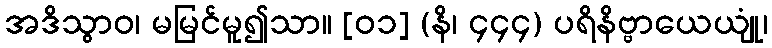
အဒိသွာဝ၊ မမြင်မူ၍သာ။ [၀၁] (နိ၊ ၄၄၄) ပရိနိဗ္ဗာယေယျုံ၊